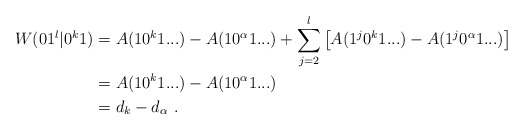
\begin{align*}W(01^l|0^k1 )&= A(10^k1...)-A(10^\alpha1...) + \sum_{j=2}^l \left[ A(1^j0^k1...) - A(1^j0^\alpha1...) \right] \\&= A(10^k1...)-A(10^\alpha1...) \\&= d_{k} - d_\alpha \ .\end{align*}